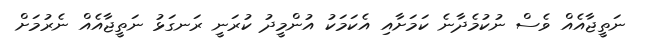
ނަތީޖާއެއް ވެސް ނުކުމެދާނެ ކަމަށާއި އެކަމަކު އުންމީދު ކުރަނީ ރަނގަޅު ނަތީޖާއެއް ނެރުމަށް